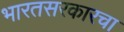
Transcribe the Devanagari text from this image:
भारतसरकारचा